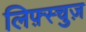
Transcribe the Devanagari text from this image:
लिफ़्स्चुज़